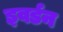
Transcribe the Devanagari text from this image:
इवर्डन